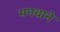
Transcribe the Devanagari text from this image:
मनबाने